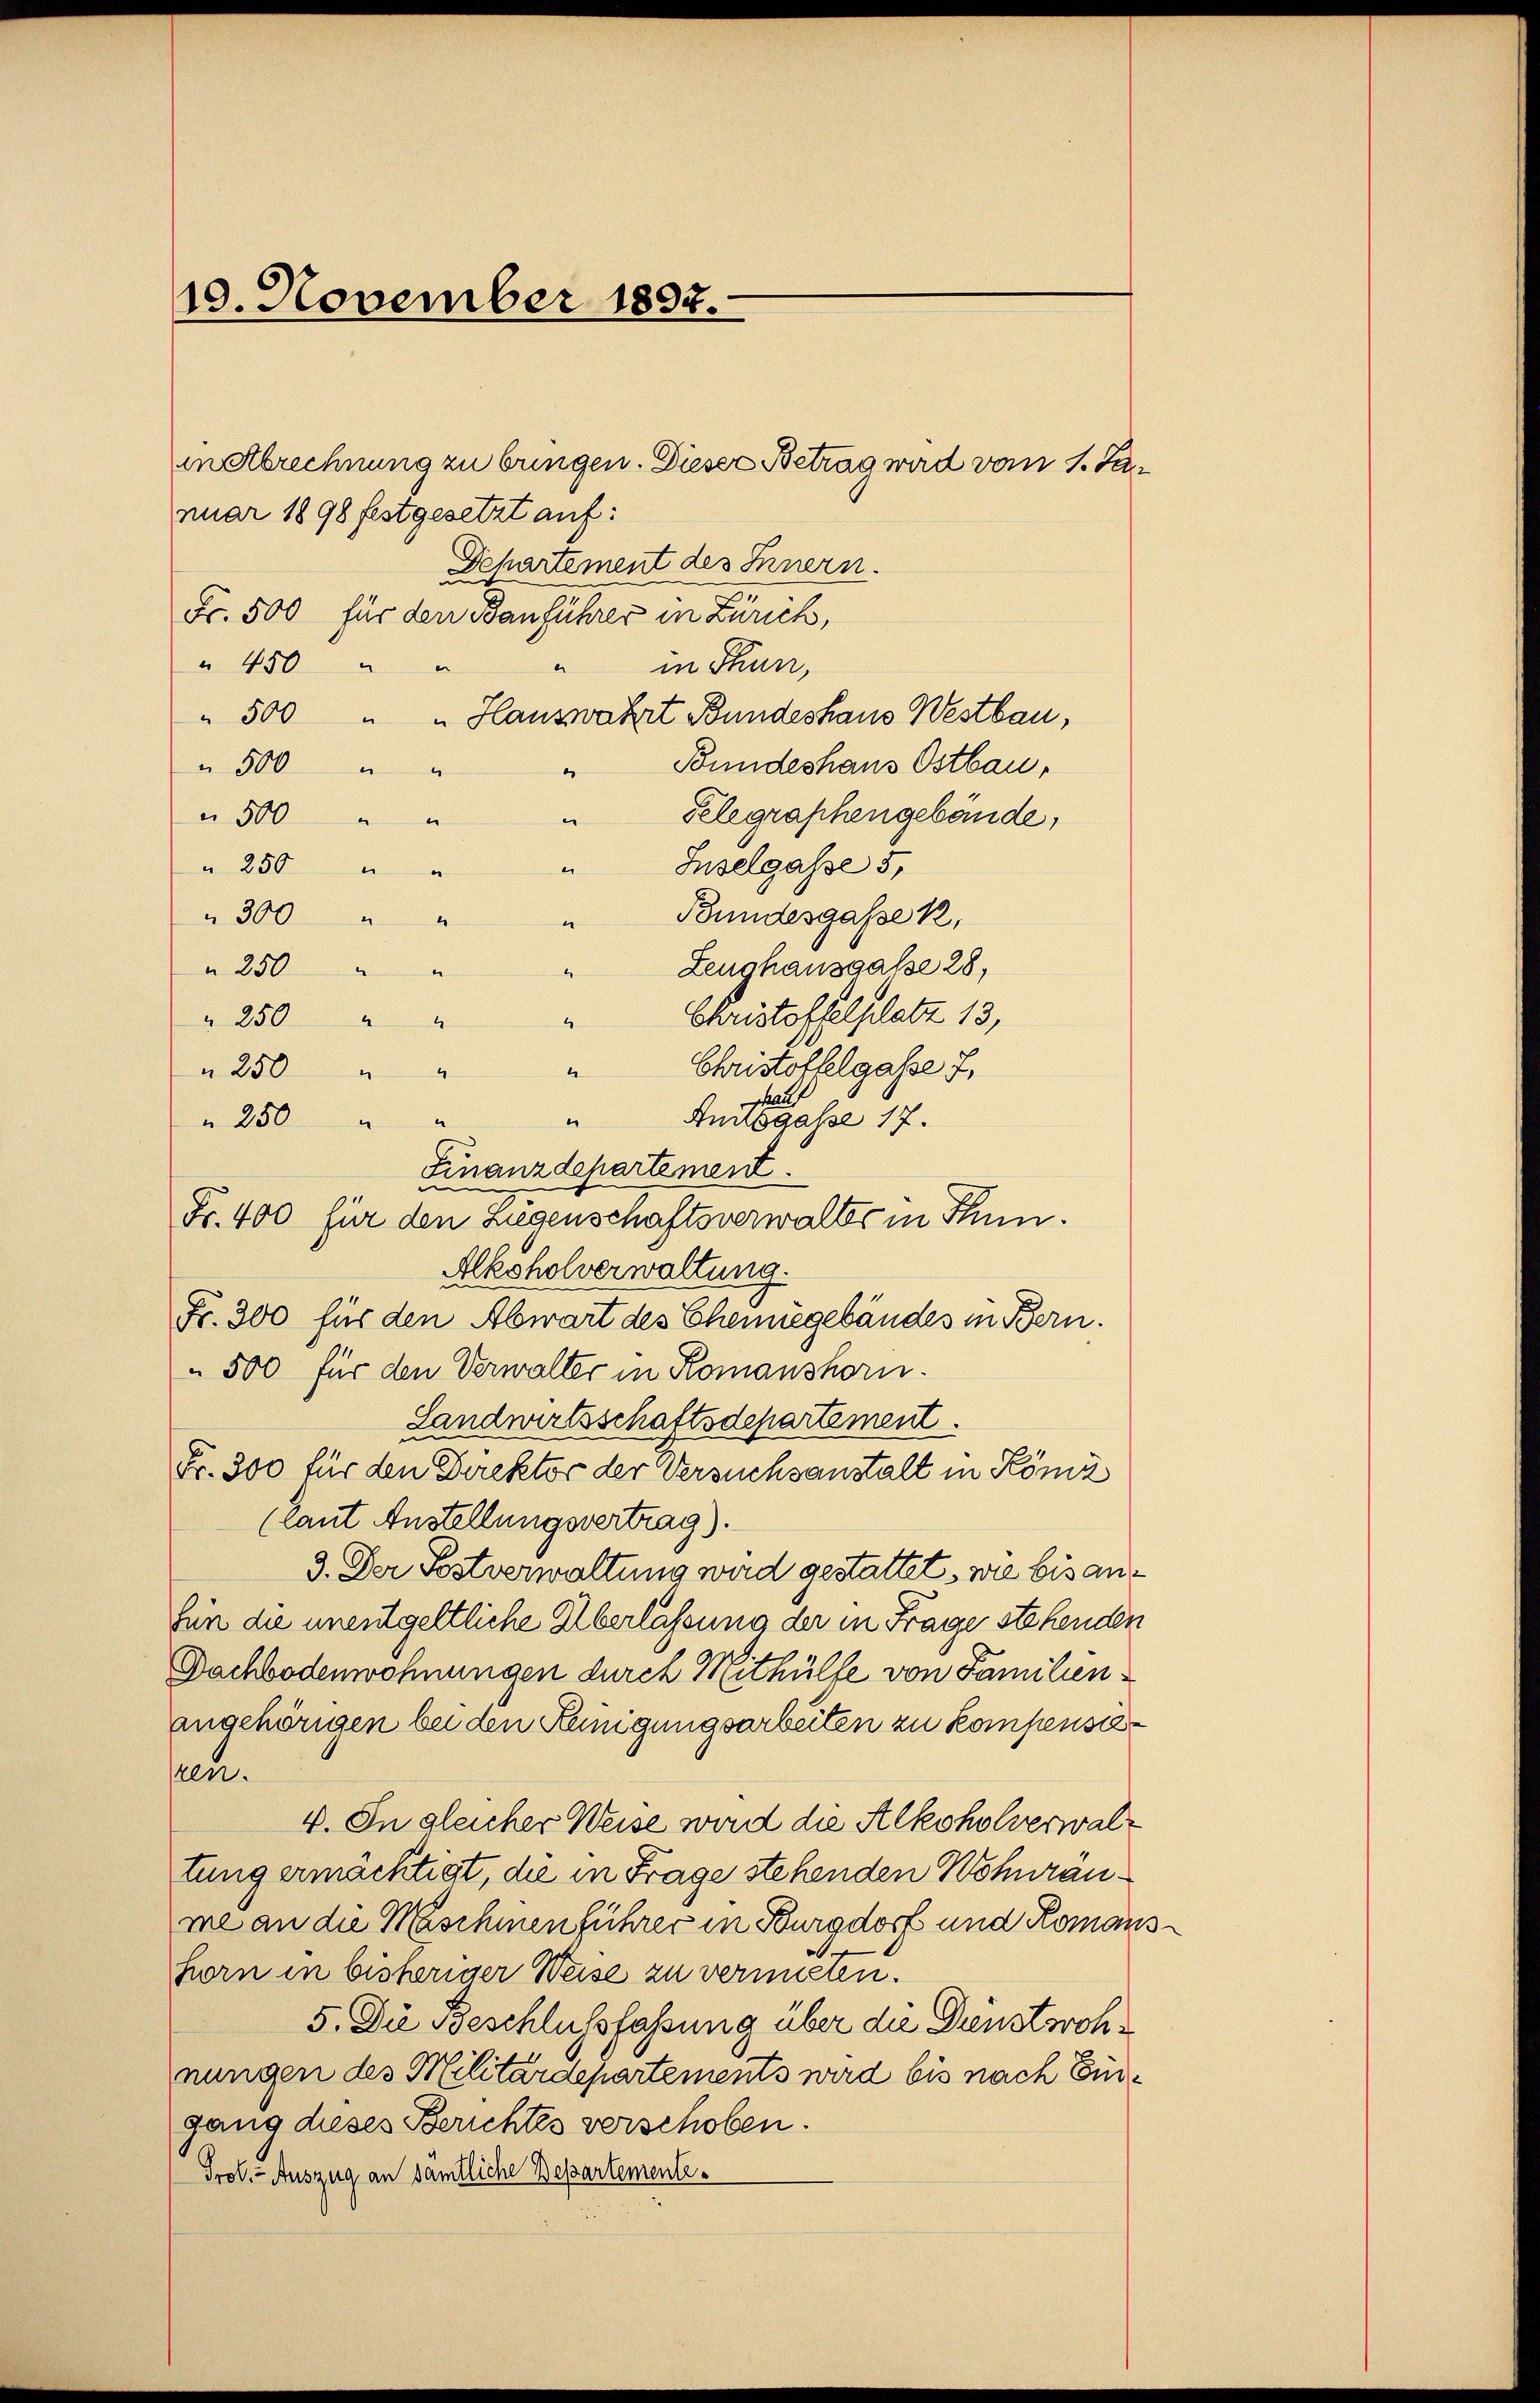
10. November 1892.

in Abrechnung zu bringen. Dieser Betrag wird vom 1. Januar 1898 festgesetzt auf:
Dchartement des Innern.
Fr. 500 für den Sanführer in Zürich,
 450 " "
in Thun,
e
" 500 " " Hauswahrt Bundeshaus Westbau,
Bundeshaus Ostbau,
" 500 " "
e
Telegraphengebäude,
" 500 " "
e
"Inselgasse 5,
" 250 " "
Bundesgasse k
" 300 " "
Zeughausgasse 28,
 250 " "
Christoffelplatz 13,
" 250 " "
Christoffelgasse u.
250
hraus
Andsgasse 17.
250
Alkoholverwaltung.
Fr. 300 für den Abwart des Chemiegebäudes in Bern.
500 für den Verwalter in Romanshorn.
Landwirtsschaftsdepartement.
Fr. 300 für den Direktor der Versuchsanstalt in Römi
(laut Anstellungsvertrag).
3. Der Postverwaltung wird gestattet, wie bis anfür die unentgeltliche Überlassung der in Frage stehenden
Dachbodenwohnungen durch Mithülfe von Familien
angehörigen bei den Kunigungsarbeiten zu kompensieren.
V. In gleicher Weise wird die Alkoholverwaltung ermächtigt, die in Frage stehenden Wohnräume an die Maschinenführer in Burgdorf und Romansg
horn in bisheriger Weise zu vermieren.
5. Die Beschlussfassung über die Dienstwohnungen des Militärdepartements wird bis nach Eingang dieses Berichtes verschoben.
Prof. - Auszug an samtliche Departemente¬

x
“
.
4
“
2
“
Finanzdepartement.
Fr. 400 für den Liegenschaftsverwalter in Thun.